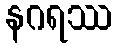
နဂရဿ